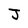
Character: J